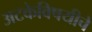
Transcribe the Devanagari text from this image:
अटकेविषयीचे